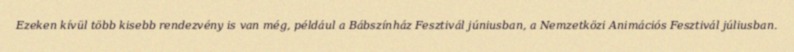
Ezeken kívül több kisebb rendezvény is van még, például a Bábszínház Fesztivál júniusban, a Nemzetközi Animációs Fesztivál júliusban.